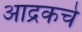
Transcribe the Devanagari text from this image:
आद्रकचे